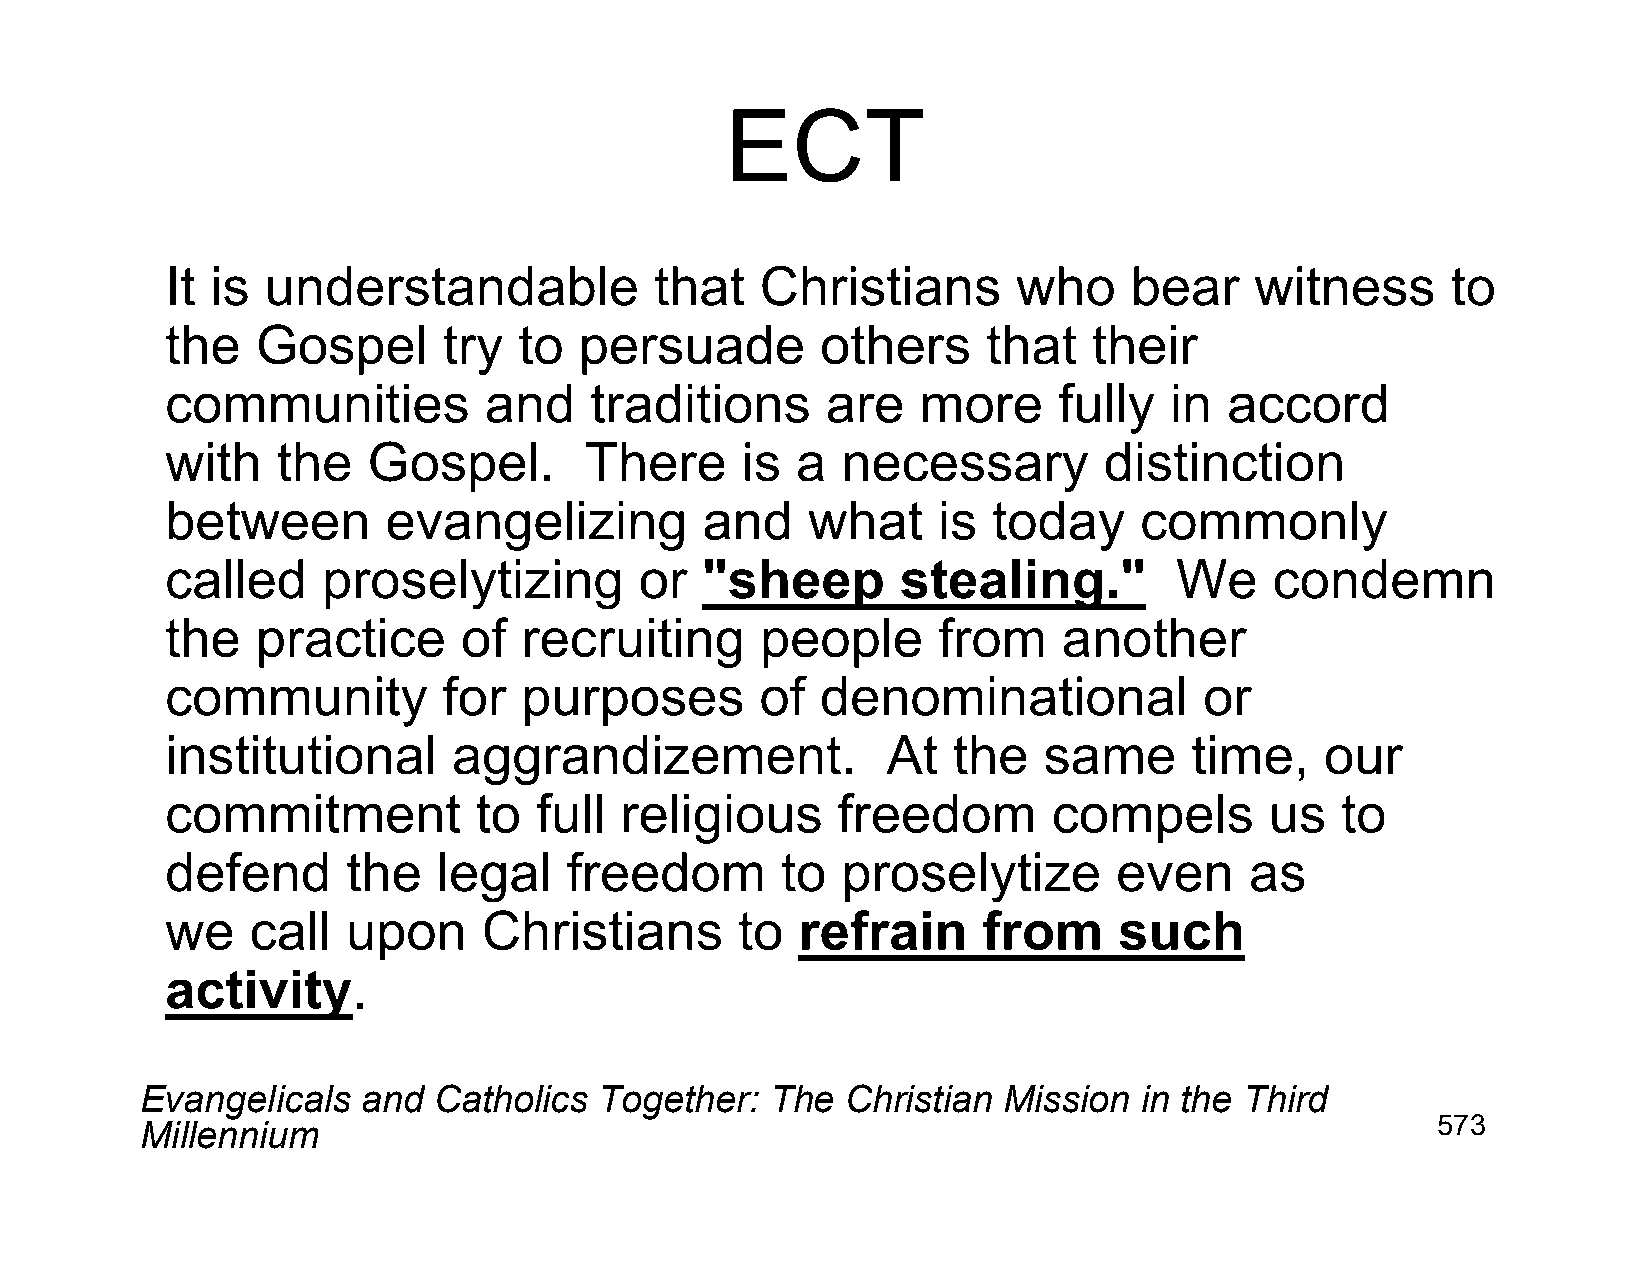
ECT
 It is  understandable           that   Christians       who     bear    witness      to
 the   Gospel      try  to  persuade        others     that   their
 communities          and    traditions      are   more     fully  in  accord
 with   the   Gospel.        There     is  a  necessary        distinction
 between        evangelizing        and    what     is  today    commonly
 called    proselytizing        or  "sheep        stealing."        We    condemn
 the   practice      of  recruiting     people      from    another
 community         for  purposes        of  denominational            or
 institutional      aggrandizement.              At  the   same      time,    our
 commitment          to  full  religious     freedom        compels       us   to
 defend      the   legal    freedom       to  proselytize       even     as
 we    call  upon     Christians       to  refrain     from     such
 activity.
 Evangelicals   and  Catholics  Together:  The  Christian Mission  in the Third
 Millennium                                                                            573